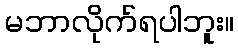
မဘာလိုက်ရပါဘူး။